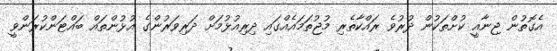
އެގޮތުން ޖިނާއީ ކުށްތަކުން ދުރުވެ ރައްކާތެރި މުޖުތަމައެއްގައި ދިރިއުޅުމަށް ދަރިވަރުންގެ އުޅުންތައް ބައްޓަންކުރަންވީ